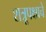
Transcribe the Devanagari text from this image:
शत्रूपक्षाचे